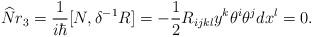
\begin{align*}\widehat{N}r_3=\frac 1{i\hbar }[N,\delta ^{-1}R]=-\frac 12R_{ijkl}y^k\theta^i\theta ^jdx^l=0.\end{align*}